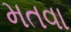
મતવા